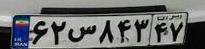
۶۲س۸۴۳۴۷